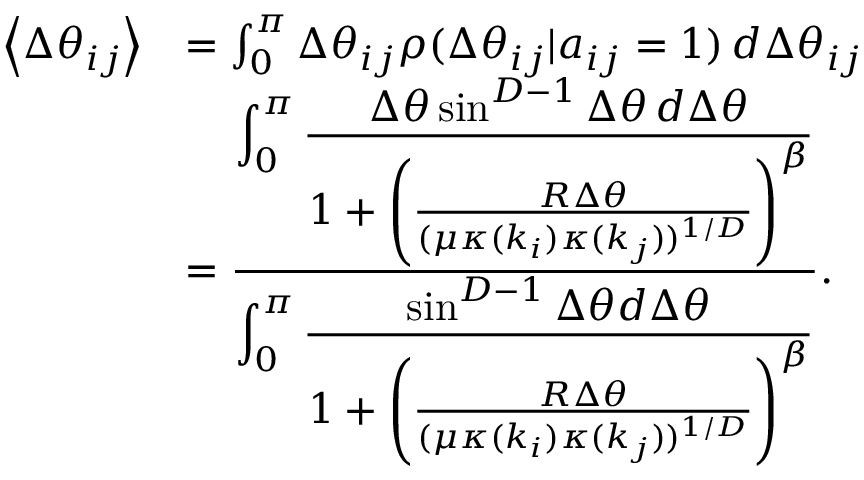
\begin{array} { r l } { \left< \Delta \theta _ { i j } \right> } & { = \int _ { 0 } ^ { \pi } \Delta \theta _ { i j } \rho ( \Delta \theta _ { i j } | a _ { i j } = 1 ) \, d \Delta \theta _ { i j } } \\ & { = \frac { \displaystyle \int _ { 0 } ^ { \pi } \frac { \Delta \theta \sin ^ { D - 1 } \Delta \theta \, d \Delta \theta } { 1 + \left( \frac { R \Delta \theta } { ( \mu \kappa ( k _ { i } ) \kappa ( k _ { j } ) ) ^ { 1 / D } } \right) ^ { \beta } } } { \displaystyle \int _ { 0 } ^ { \pi } \frac { \sin ^ { D - 1 } \Delta \theta d \Delta \theta } { 1 + \left( \frac { R \Delta \theta } { ( \mu \kappa ( k _ { i } ) \kappa ( k _ { j } ) ) ^ { 1 / D } } \right) ^ { \beta } } } . } \end{array}